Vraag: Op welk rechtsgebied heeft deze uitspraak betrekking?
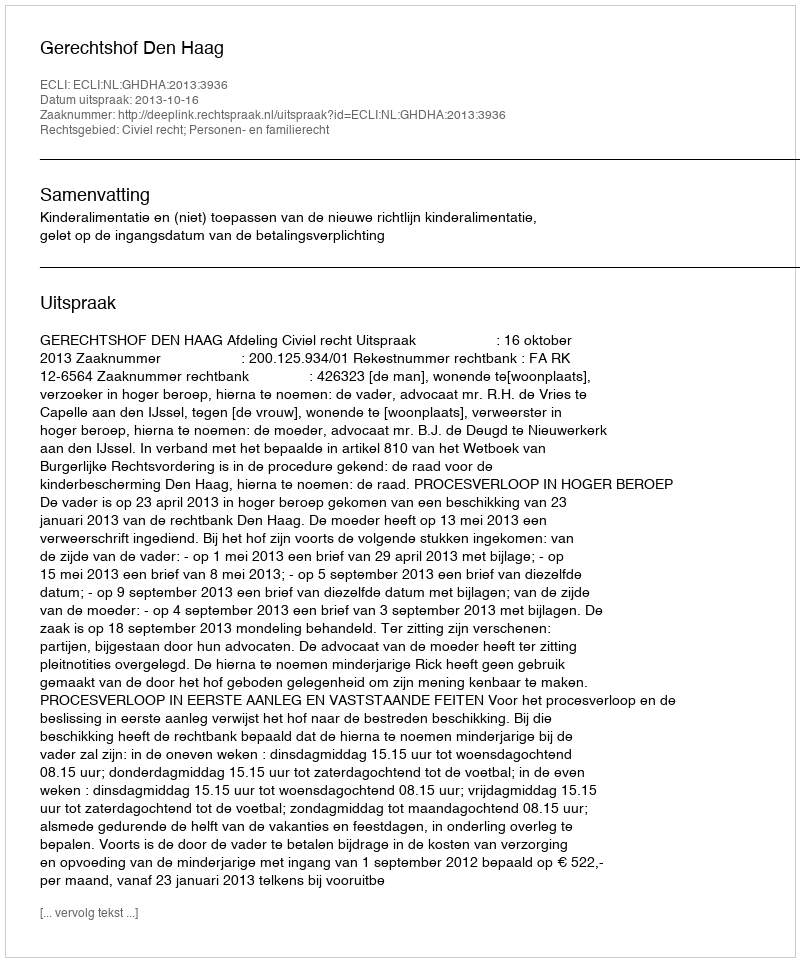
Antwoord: Civiel recht; Personen- en familierecht